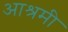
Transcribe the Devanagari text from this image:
आश्रमी